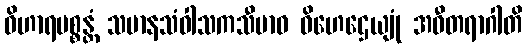
ဝိဟာရပစ္စန္တံ သမာနသံဝါသကသီမာဝ ဝိဟေဌေယျုံ အဝီတရာဂါတိ